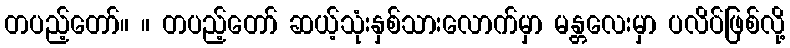
တပည့်တော်။ ။ တပည့်တော် ဆယ့်သုံးနှစ်သားလောက်မှာ မန္တလေးမှာ ပလိပ်ဖြစ်လို့